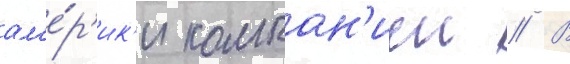
ам'е́р'ик'и компан'иеи // В